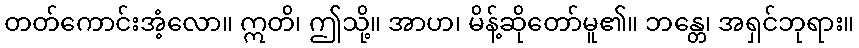
တတ်ကောင်းအံ့လော။ ဣတိ၊ ဤသို့။ အာဟ၊ မိန့်ဆိုတော်မူ၏။ ဘန္တေ၊ အရှင်ဘုရား။